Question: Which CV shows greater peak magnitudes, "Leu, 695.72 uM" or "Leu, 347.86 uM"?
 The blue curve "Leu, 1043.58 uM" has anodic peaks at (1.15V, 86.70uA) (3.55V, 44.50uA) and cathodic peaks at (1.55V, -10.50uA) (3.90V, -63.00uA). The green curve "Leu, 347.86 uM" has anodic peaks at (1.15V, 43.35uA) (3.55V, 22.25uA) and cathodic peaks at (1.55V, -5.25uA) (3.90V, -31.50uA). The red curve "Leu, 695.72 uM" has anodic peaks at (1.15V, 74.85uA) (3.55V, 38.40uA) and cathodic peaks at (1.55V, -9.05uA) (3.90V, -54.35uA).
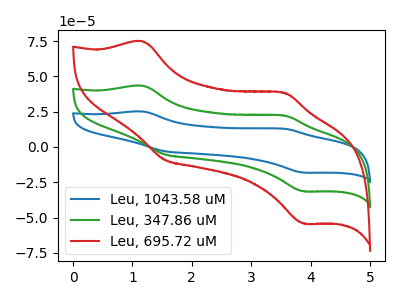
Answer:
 <answer>Every peak in "Leu, 695.72 uM" is higher than every peak in "Leu, 347.86 uM".</answer>
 <eval>higher</eval>